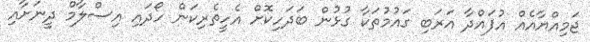
ޖަމިއްޔާއެއް އުފައްދާ އަރަބި ގައުމުތަކާ ގުޅުން ބަދަހިކޮށް އެހީތެރިކަން ހޯދައި އިސްލާމް ދީނަށާއި